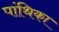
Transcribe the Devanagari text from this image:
पांथिका